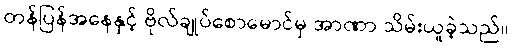
တန်ပြန်အနေနှင့် ဗိုလ်ချုပ်စောမောင်မှ အာဏာ သိမ်းယူခဲ့သည်။